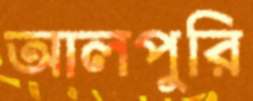
আলপুরি